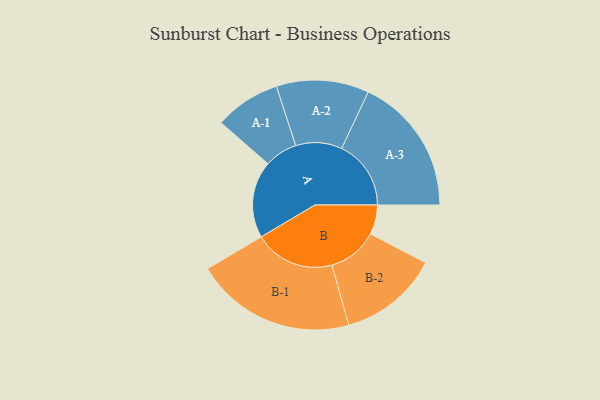
{"axis": {"x": "Segment", "y": "Value"}, "legend": ["", "A", "B"], "data": [{"x": "A", "y": 266, "type": ""}, {"x": "B", "y": 102, "type": ""}, {"x": "A-1", "y": 114, "type": "A"}, {"x": "A-2", "y": 160, "type": "A"}, {"x": "A-3", "y": 240, "type": "A"}, {"x": "B-1", "y": 278, "type": "B"}, {"x": "B-2", "y": 173, "type": "B"}]}